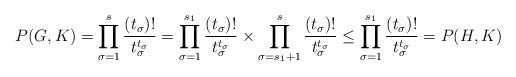
LaTeX: \begin{align*}P(G,K) = \prod_{\sigma = 1}^s\frac{(t_\sigma)!}{t_\sigma^{t_\sigma}} = \prod_{\sigma = 1}^{s_1}\frac{(t_\sigma)!}{t_\sigma^{t_\sigma}} \times \prod_{\sigma = s_1+1}^s\frac{(t_\sigma)!}{t_\sigma^{t_\sigma}} \leq \prod_{\sigma = 1}^{s_1}\frac{(t_\sigma)!}{t_\sigma^{t_\sigma}} = P(H,K)\end{align*}